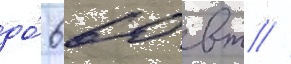
до́ 660 вт //